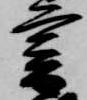
書